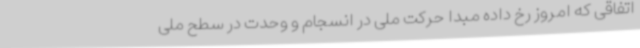
اتفاقی که امروز رخ داده مبدا حرکت ملی در انسجام و وحدت در سطح ملی